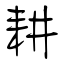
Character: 耕